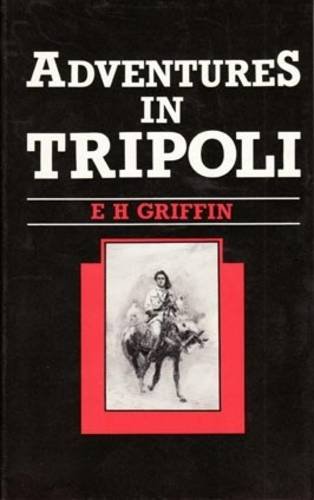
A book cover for Adventures in Tripoli: A Doctor in the Desert; E.H. Griffin; Travel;